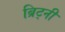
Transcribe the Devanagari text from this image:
ब्रिट्नी